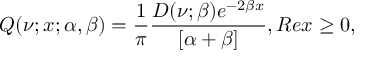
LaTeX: Q ( \nu ; x ; \alpha , \beta ) = \frac { 1 } { \pi } \frac { D ( \nu ; \beta ) e ^ { - 2 \beta x } } { [ \alpha + \beta ] } , R e x \geq 0 ,